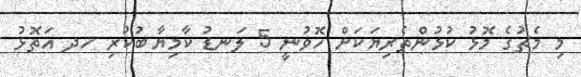
މި މެޗުގެ މޮޅު ކުޅުންތެރިޔަކަށް ހޮވުނީ 5 ލަނޑު ކާމިޔާބުކުރި ހދ އަތޮޅު